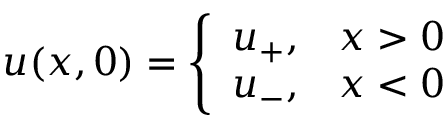
u ( x , 0 ) = \left\{ \begin{array} { c c } { u _ { + } , } & { x > 0 } \\ { u _ { - } , } & { x < 0 } \end{array} \right.